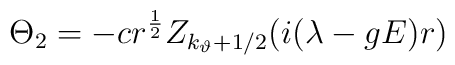
\Theta _2=-cr^{\frac 12}Z_{k_\vartheta +1/2}(i(\lambda -gE)r)